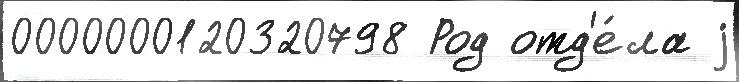
0000000120320798 Род отд'е́ла j